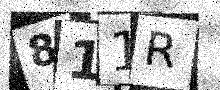
Text: 811R